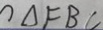
\Delta F B C